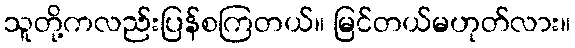
သူတို့ကလည်းပြန်စကြတယ်။ မြင်တယ်မဟုတ်လား။